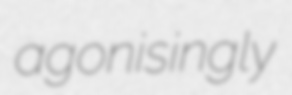
agonisingly